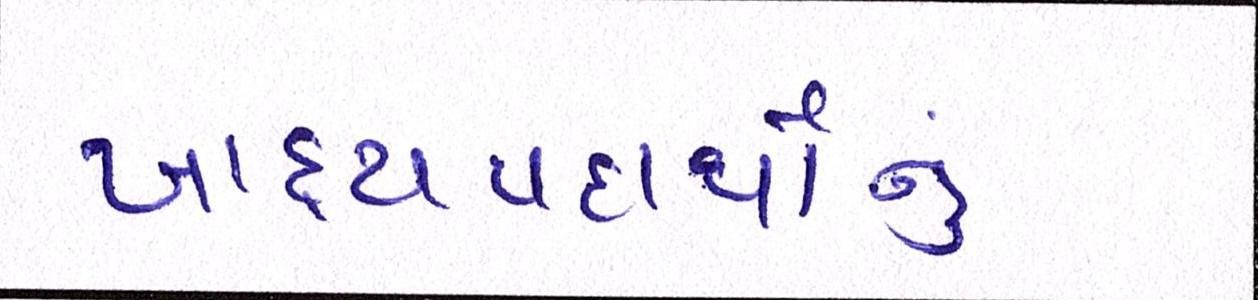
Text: ખાદ્યપદાર્થોનું